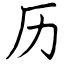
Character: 历